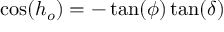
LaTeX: \cos ( h _ { o } ) = - \tan ( \phi ) \tan ( \delta )